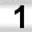
Digit: 1